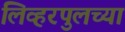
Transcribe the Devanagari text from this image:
लिव्हरपुलच्या